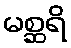
မစ္ဆရိ